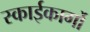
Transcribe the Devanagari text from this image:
स्काईकार्गो